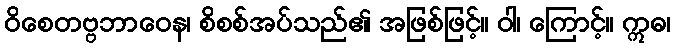
ဝိစေတဗ္ဗဘာဝေန၊ စိစစ်အပ်သည်၏ အဖြစ်ဖြင့်။ ဝါ၊ ကြောင့်။ ဣဓ၊